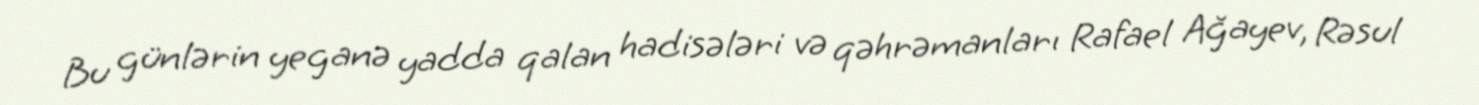
Bu günlərin yeganə yadda qalan hadisələri və qəhrəmanları Rafael Ağayev, Rəsul